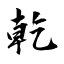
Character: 乾